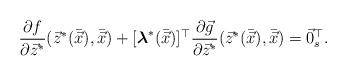
LaTeX: \begin{align*}\dfrac{\partial f}{\partial \vec{z}^{*}} (\vec{z}^{*}(\bar{\vec{x}}),\bar{\vec{x}}) +[\boldsymbol{\lambda}^{*}(\bar{\vec{x}})]^{\top}\dfrac{\partial \vec{g}}{\partial \vec{z}^{*}}(\vec{z}^{*}(\bar{\vec{x}}),\bar{\vec{x}}) = \vec{0}_{s}^{\top}.\end{align*}